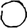
Digit: 0